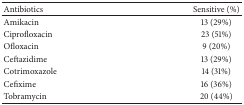
| Antibiotics | Sensitive (%) |
 | --- | --- |
 | Amikacin | 13 (29%) |
 | Ciprofloxacin | 23 (51%) |
 | Ofloxacin | 9 (20%) |
 | Ceftazidime | 13 (29%) |
 | Cotrimoxazole | 14 (31%) |
 | Cefixime | 16 (36%) |
 | Tobramycin | 20 (44%) |